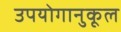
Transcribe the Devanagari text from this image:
उपयोगानुकूल